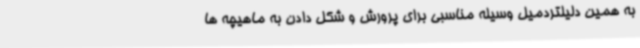
به همین دلیلتردمیل وسیله مناسبی برای پرورش و شکل دادن به ماهیچه ها